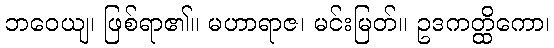
ဘဝေယျ၊ ဖြစ်ရာ၏။ မဟာရာဇ၊ မင်းမြတ်။ ဥဒကတ္ထိကော၊